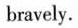
bravely.